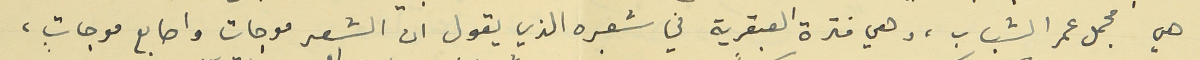
هي مجمل عمر الشباب، وهي فترة العبقرية في شعره الذي يقول ان الشعر موجات واصابع موجاتٍ،